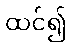
ထင်၍